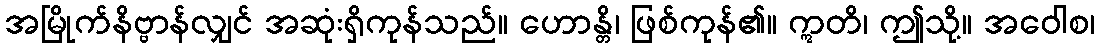
အမြိုက်နိဗ္ဗာန်လျှင် အဆုံးရှိကုန်သည်။ ဟောန္တိ၊ ဖြစ်ကုန်၏။ ဣတိ၊ ဤသို့။ အဝေါစ၊